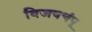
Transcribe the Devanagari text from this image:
विजयचंपू